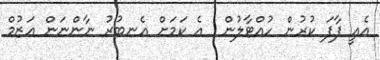
އެއީ ފާފަ ކުރުން ހުއްޓާލުން  އެ ކަމަށް އެނބުރު ނާންނަން ޢަޒުމް